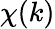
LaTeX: \chi(k)